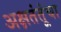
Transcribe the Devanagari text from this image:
अक्षतंतूंचा